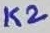
Text: K2